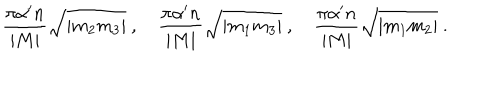
LaTeX: \frac { \pi \alpha ^ { \prime } n } { | M | } \sqrt { | m _ { 2 } m _ { 3 } | } \ , \quad \frac { \pi \alpha ^ { \prime } n } { | M | } \sqrt { | m _ { 1 } m _ { 3 } | } \ , \quad \frac { \pi \alpha ^ { \prime } n } { | M | } \sqrt { | m _ { 1 } m _ { 2 } | } \ .